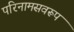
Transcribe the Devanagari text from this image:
परिनामसवरूप